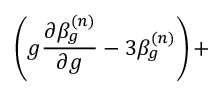
\left( g \frac { \partial \beta _ { g } ^ { ( n ) } } { \partial g } - 3 \beta _ { g } ^ { ( n ) } \right) +